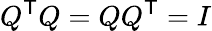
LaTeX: Q^{\textsf{T}}Q=QQ^{\textsf{T}}=I